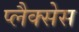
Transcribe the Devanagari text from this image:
प्लैक्सेस